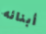
أبنائه